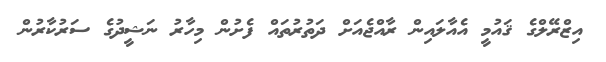
އިޒްރޭލްގެ ޤައުމީ އެއާލައިން ރާއްޖެއަށް ދަތުރުތައް ފެށުން މިހާރު ނަޝީދުގެ ސަރުކާރުން